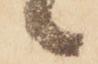
々